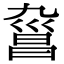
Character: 𣉑